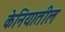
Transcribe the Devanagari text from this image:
केनियातील